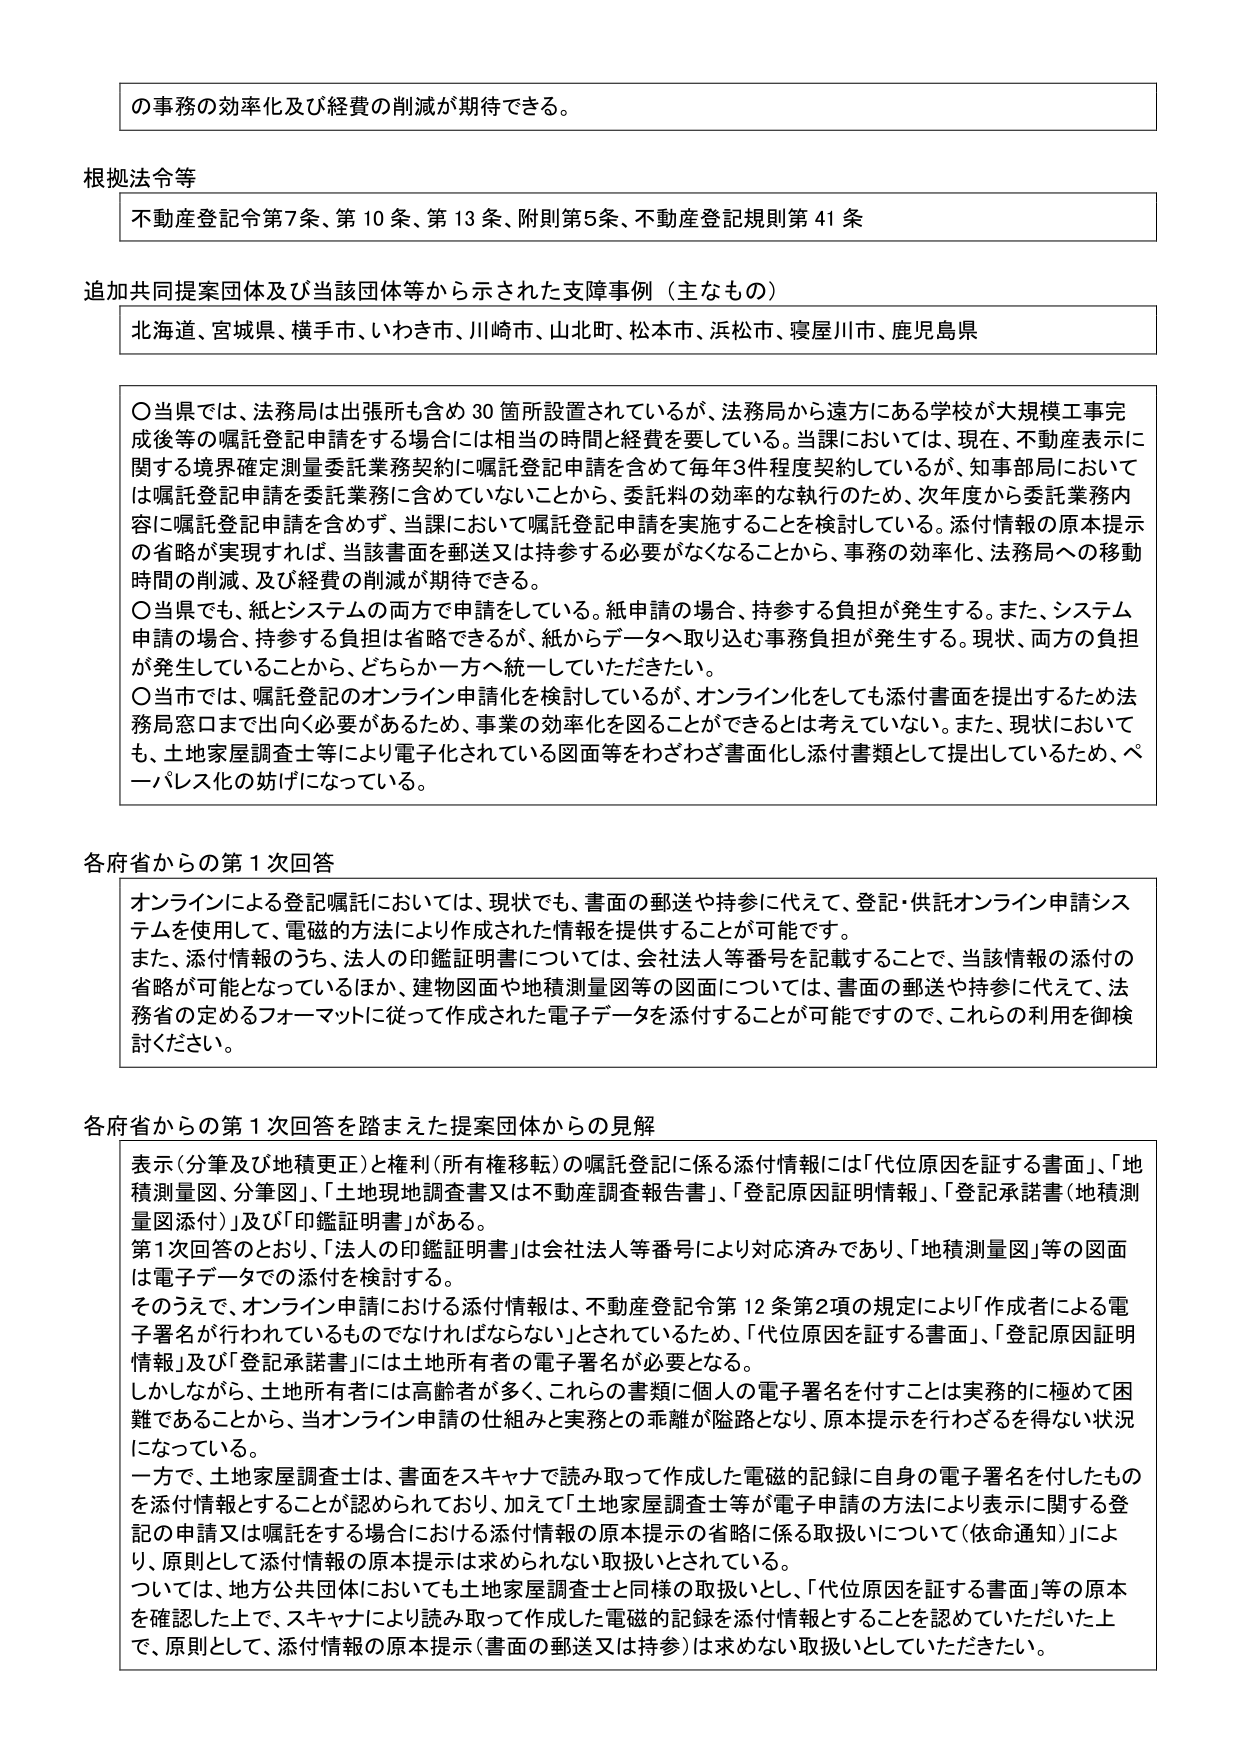
の事務の効率化及び経費の削減が期待できる。

根拠法令等
不動産登記令第7条、第10条、第13条、附則第5条、不動産登記規則第41条

追加共同提案団体及び当該団体等から示された支障事例（主なもの）
北海道、宮城県、横手市、いわき市、川崎市、山北町、松本市、浜松市、寝屋川市、鹿児島県

○当県では、法務局は出張所も含め30箇所設置されているが、法務局から遠方にある学校が大規模工事完成後等の嘱託登記申請をする場合には相当の時間と経費を要している。当課においては、現在、不動産表示に関する境界確定測量委託業務契約に嘱託登記申請を含めて毎年3件程度契約しているが、知事部局においては嘱託登記申請を委託業務に含めていないことから、委託料の効率的な執行のため、次年度から委託業務内容に嘱託登記申請を含めず、当課において嘱託登記申請を実施することを検討している。添付情報の原本提示の省略が実現すれば、当該書面を郵送又は持参する必要がなくなることから、事務の効率化、法務局への移動時間の削減、及び経費の削減が期待できる。
○当県でも、紙とシステムの両方で申請をしている。紙申請の場合、持参する負担が発生する。また、システム申請の場合、持参する負担は省略できるが、紙からデータへ取り込む事務負担が発生する。現状、両方の負担が発生していることから、どちらか一方へ統一していただきたい。
○当市では、嘱託登記のオンライン申請化を検討しているが、オンライン化をしても添付書面を提出するため法務局窓口まで出向く必要があるため、事業の効率化を図ることができるとは考えていない。また、現状においても、土地家屋調査士等により電子化されている図面等をわざわざ書面化し添付書類として提出しているため、ペーパレス化の妨げになっている。

各府省からの第1次回答
オンラインによる登記嘱託においては、現状でも、書面の郵送や持参に代えて、登記・供託オンライン申請システムを使用して、電磁的方法により作成された情報を提供することが可能です。
また、添付情報のうち、法人の印鑑証明書については、会社法人等番号を記載することで、当該情報の添付の省略が可能となっているほか、建物図面や地積測量図等の図面については、書面の郵送や持参に代えて、法務省の定めるフォーマットに従って作成された電子データを添付することが可能ですので、これらの利用を御検討ください。

各府省からの第1次回答を踏まえた提案団体からの見解
表示（分筆及び地積更正）と権利（所有権移転）の嘱託登記に係る添付情報には「代位原因を証する書面」、「地積測量図、分筆図」、「土地現地調査書又は不動産調査報告書」、「登記原因証明情報」、「登記承諾書（地積測量図添付）」及び「印鑑証明書」がある。
第1次回答のとおり、「法人の印鑑証明書」は会社法人等番号により対応済みであり、「地積測量図」等の図面は電子データでの添付を検討する。
そのうえで、オンライン申請における添付情報は、不動産登記令第12条第2項の規定により「作成者による電子署名が行われているものでなければならない」とされているため、「代位原因を証する書面」、「登記原因証明情報」及び「登記承諾書」には土地所有者の電子署名が必要となる。
しかしながら、土地所有者には高齢者が多く、これらの書類に個人の電子署名を付することは実務的に極めて困難であることから、当オンライン申請の仕組みと実務との乖離が隘路となり、原本提示を行わざるを得ない状況になっている。
一方で、土地家屋調査士は、書面をスキャナで読み取って作成した電磁的記録に自身の電子署名を付したものを持付情報とすることが認められており、加えて「土地家屋調査士等が電子申請の方法により表示に関する登記の申請又は嘱託をする場合における添付情報の原本提示の省略に係る取扱いについて（依命通知）」により、原則として添付情報の原本提示は求められない取扱いとされている。
ついては、地方公共団体においても土地家屋調査士と同様の取扱いとし、「代位原因を証する書面」等の原本を確認した上で、スキャナにより読み取って作成した電磁的記録を添付情報とすることを認めていただいた上で、原則として、添付情報の原本提示（書面の郵送又は持参）は求めない取扱いとしていただきたい。